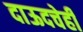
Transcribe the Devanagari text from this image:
दाऊदचेही